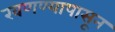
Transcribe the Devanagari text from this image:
खणण्यापासून